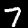
Label: 7